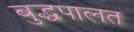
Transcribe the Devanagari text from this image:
बुद्धपालत